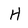
Character: H